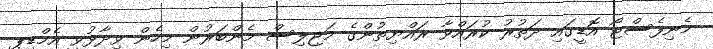
މެނިފެސްޓޯ އޮޑީގައި ދަތުރު ކުރައްވާ ރައްޔިތުންގެ މަޖިލިސް މެންބަރުން މިހެން ވިދާޅުވީ އެމްޑީޕީ